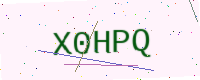
Text: X0HPQ